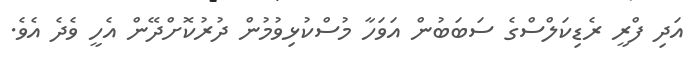
އަދި ފްރީ ރެޑިކަލްސްގެ ސަބަބުން އަވަހާ މުސްކުޅިވުމުން ދުރުކޮށްދޭން އެހީ ވެދެ އެވެ.